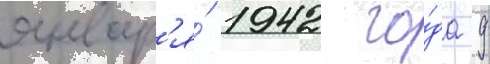
январ'я́ 1942 го́да 9